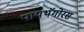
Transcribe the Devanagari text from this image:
पायथॅगोरस